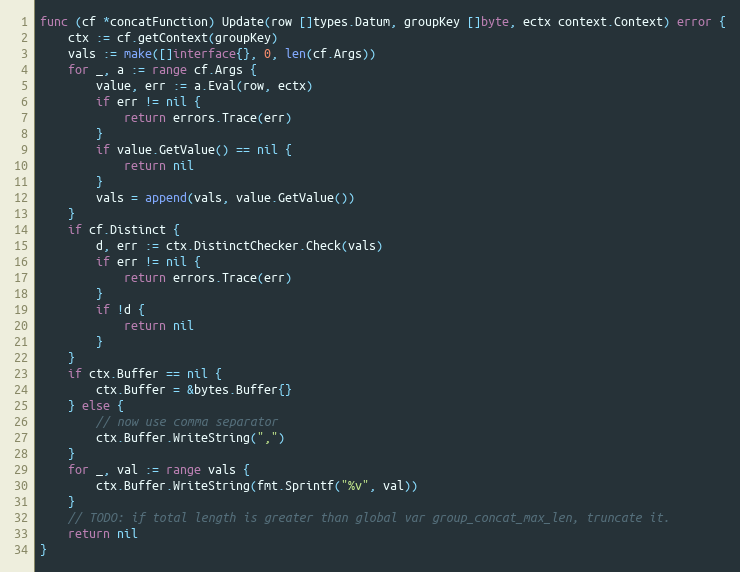
Language: Go
func (cf *concatFunction) Update(row []types.Datum, groupKey []byte, ectx context.Context) error {
	ctx := cf.getContext(groupKey)
	vals := make([]interface{}, 0, len(cf.Args))
	for _, a := range cf.Args {
		value, err := a.Eval(row, ectx)
		if err != nil {
			return errors.Trace(err)
		}
		if value.GetValue() == nil {
			return nil
		}
		vals = append(vals, value.GetValue())
	}
	if cf.Distinct {
		d, err := ctx.DistinctChecker.Check(vals)
		if err != nil {
			return errors.Trace(err)
		}
		if !d {
			return nil
		}
	}
	if ctx.Buffer == nil {
		ctx.Buffer = &bytes.Buffer{}
	} else {
		// now use comma separator
		ctx.Buffer.WriteString(",")
	}
	for _, val := range vals {
		ctx.Buffer.WriteString(fmt.Sprintf("%v", val))
	}
	// TODO: if total length is greater than global var group_concat_max_len, truncate it.
	return nil
}